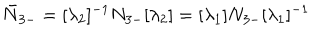
\bar { N } _ { 3 - } = [ \lambda _ { 2 } ] ^ { - 1 } N _ { 3 - } [ \lambda _ { 2 } ] = [ \lambda _ { 1 } ] N _ { 3 - } [ \lambda _ { 1 } ] ^ { - 1 }